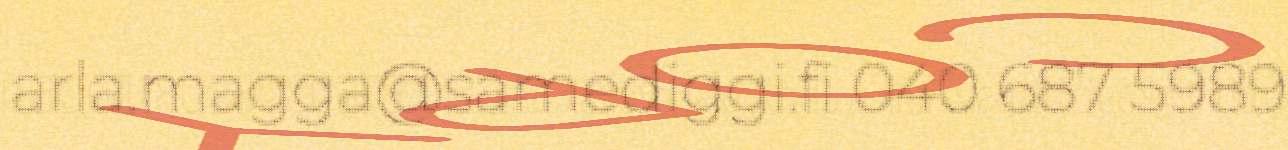
arla.magga@samediggi.fi 040 687 5989